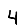
Digit: 4